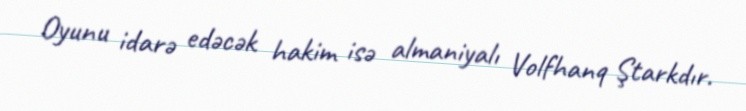
Oyunu idarə edəcək hakim isə almaniyalı Volfhanq Ştarkdır.